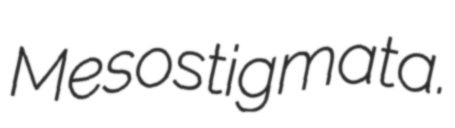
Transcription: Mesostigmata.